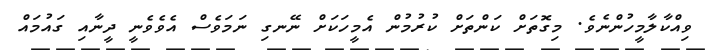
ވިއްކާލާމީހުންނެވެ. މިގޮތަށް ކަންތަށް ކުރުމުން އެމީހަކަށް ނޭނގި ނަމަވެސް އެވެވެނީ ދީނާއި ގައުމައް